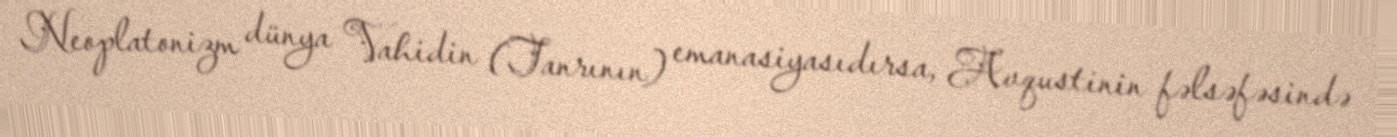
Neoplatonizm dünya Vahidin (Tanrının) emanasiyasıdırsa, Avqustinin fəlsəfəsində